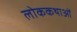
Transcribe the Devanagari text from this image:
लोककथाआें